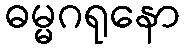
ဓမ္မဂရုနော